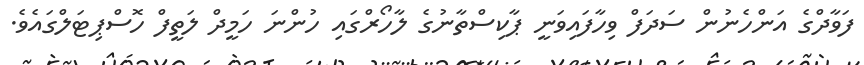
ފަވާދްގެ އަންހެނުން ސަދަފް ވިހާފައިވަނީ ޕާކިސްތާނުގެ ލާހޯރްގައި ހުންނަ ހަމީދް ލަތީފް ހޮސްޕިޓަލްގައެވެ.